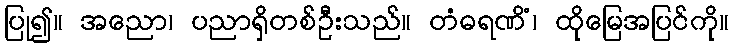
ပြု၍။ အညော၊ ပညာရှိတစ်ဦးသည်။ တံဓရဏိံ၊ ထိုမြေအပြင်ကို။